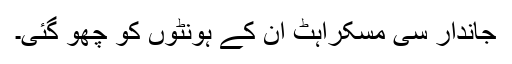
جاندار سی مسکراہٹ ان کے ہونٹوں کو چھو گئی۔